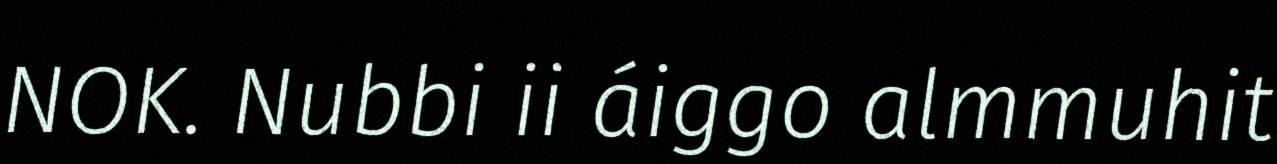
NOK. Nubbi ii áiggo almmuhit